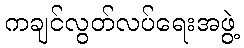
ကချင်လွတ်လပ်ရေးအဖွဲ့